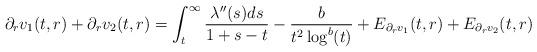
LaTeX: \begin{align*} \partial_{r}v_{1}(t,r)+\partial_{r}v_{2}(t,r) = \int_{t}^{\infty} \frac{\lambda''(s) ds}{1+s-t} -\frac{b}{t^{2}\log^{b}(t)} + E_{\partial_{r}v_{1}}(t,r)+E_{\partial_{r} v_{2}}(t,r)\end{align*}